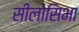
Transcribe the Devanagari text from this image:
सीलोसिभा